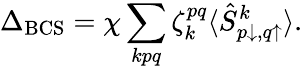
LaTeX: \Delta_{\mathrm{BCS}}=\chi\sum_{kpq}\zeta_{k}^{pq}\langle\hat{S}_{p\downarrow,q\uparrow}^{k}\rangle.